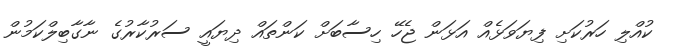
ކުއްލި ހަރުކަށި ފިޔަވަޅެއް އަޅަން ޖެހޭ ހިސާބަށް ކަންތައް ދިޔައީ ސަރުކާރުގެ ނާގާބިލްކަމުން